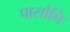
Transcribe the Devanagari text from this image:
पासौनि